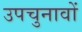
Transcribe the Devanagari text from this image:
उपचुनावों